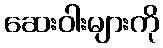
ဆေးဝါးများကို